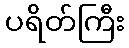
ပရိတ်ကြီး